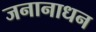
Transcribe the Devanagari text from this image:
जनानाधन